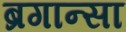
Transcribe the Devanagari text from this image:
ब्रगान्सा